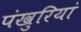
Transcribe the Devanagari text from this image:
पंखुरियां